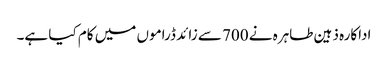
اداکارہ ذہین طاہرہ نے 700 سے زائد ڈراموں میں کام کیا ہے۔